Annual report of lunatic asylums [Bombay] - 1912-1922
Year: 1912
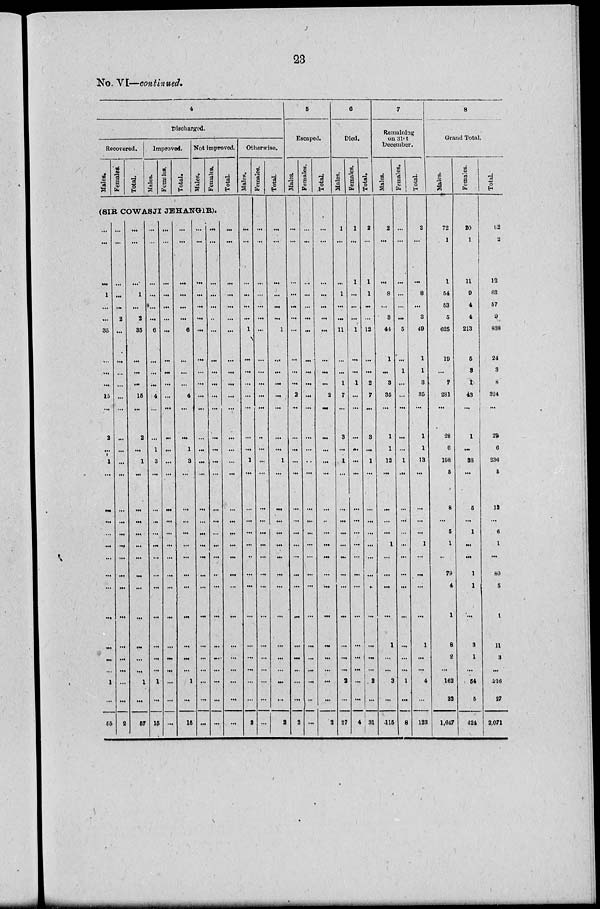
23
No. VI—continued.
4
Discharged.
Recovered.
Males.
Females.
Total.
Improved.
Males.
Femsles.
Total.
Not improved.
Males.
Females.
Total.
(SIR COWASJI JEHANGIR).
...
...
...
1
...
...
35
...
...
....
15
...
2
...
1
...
...
...
...
...
...
...
...
...
...
...
...
1
...
55
...
...
...
...
...
2
...
...
...
...
...
...
...
...
...
...
...
...
...
...
...
...
...
...
...
...
. ..
...
...
2
...
...
...
1
...
2
35
...
...
...
15
...
2
...
1
...
...
...
...
...
...
...
...
...
...
...
...
1
...
57
...
...
...
...
...
...
6
...
...
.
4
...
...
1
3
...
...
...
...
...
. ..
...
...
...
...
...
. ..
1
...
15
...
...
...
...
...
...
...
...
...
...
...
...
...
...
...
...
...
...
...
...
...
...
...
...
...
...
...
...
...
...
...
...
...
...
...
...
6
...
...
4
...
...
1
3
...
...
...
...
...
...
...
...
...
...
...
...
1
...
15
...
...
...
...
...
...
..
...
...
...
...
...
...
...
...
...
...
...
...
...
...
...
...
...
...
...
...
...
...
...
...
...
...
...
...
..
...
...
...
...
...
...
...
...
...
...
...
...
...
...
...
...
...
...
...
....
...
...
...
...
...
...
...
...
...
...
...
...
...
...
...
...
...
...
...
...
...
...
...
...
...
...
...
...
...
...
...
...
...
...
Otherwise.
Males.
...
...
...
...
...
. ..
1
. ..
. ..
...
...
...
...
...
1
...
...
...
...
...
..
...
...
...
...
...
. ..
...
...
2
Females.
...
...
...
...
...
...
...
...
...
...
...
...
...
. ..
...
. ..
...
...
...
...
...
. ..
. ..
. ..
. ..
...
...
. ..
. ..
. ..
Total.
...
...
...
...
...
...
1
...
...
...
...
...
...
...
1
...
...
...
...
...
...
...
...
...
...
...
...
...
...
2
5
Escaped.
Males.
...
...
...
...
...
...
...
...
...
...
2
...
...
...
...
...
...
. ..
. ..
...
. ..
...
. ..
...
...
...
...
...
..
2
Females.
...
...
...
...
...
...
...
...
...
...
...
...
...
...
...
...
...
...
...
...
...
...
...
...
...
...
...
...
...
...
Total
...
...
...
...
...
...
...
...
...
2
...
...
...
...
...
...
...
...
...
...
...
...
...
...
...
...
...
...
2
6
Died.
Males.
1
....
...
1
...
...
11
...
. ..
1
7
...
3
. ..
1
...
...
...
...
...
...
...
...
...
...
...
...
2
...
27
Females.
1
...
1
...
...
. ..
1
...
...
1
...
...
...
...
...
...
...
...
...
...
....
...
...
...
...
...
...
...
...
4
Total.
2
...
1
1
...
...
12
...
...
2
7
...
3
...
1
...
...
...
...
. ..
...
...
.
...
...
...
...
2
...
31
7
Remaining
on 31st
December.
Males.
2
. ..
...
8
...
3
44
1
...
3
35
...
1
1
12
...
...
...
...
1
...
...
...
...
1
...
...
3
...
115
Females.
...
...
...
...
...
...
5
...
1
...
...
...
...
1
...
...
...
...
...
...
...
...
...
...
...
...
1
...
8
Total.
2
. ..
...
8
...
3
49
1
1
3
35
...
1
1
13
. ..
...
...
...
1
...
...
...
...
1
...
...
4
...
123
8
Grand Total.
Males.
72
1
1
54
53
5
625
10
...
7
281
...
28
6
198
5
8
...
5
1
..
79
4
1
8
2
...
162
22
1,647
Females.
20
1
11
9
4
4
213
5
3
1
43
...
1
...
38
...
5
...
1
...
...
1
1
...
3
1
...
54
5
424
Total.
92
2
12
63
57
9
838
24
3
8
324
...
29
6
236
5
13
...
6
1
...
80
5
1
11
3
...
216
27
2,071